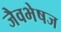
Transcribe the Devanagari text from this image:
जैवभेषज